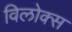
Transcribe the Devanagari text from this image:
विलोक्स